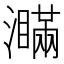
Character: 𤃞